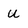
Character: u